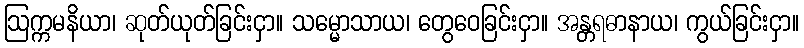
ဩက္ကမနိယာ၊ ဆုတ်ယုတ်ခြင်းငှာ။ သမ္မောသာယ၊ တွေဝေခြင်းငှာ။ အန္တရဓာနာယ၊ ကွယ်ခြင်းငှာ။